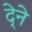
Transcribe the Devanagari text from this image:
दे्ने